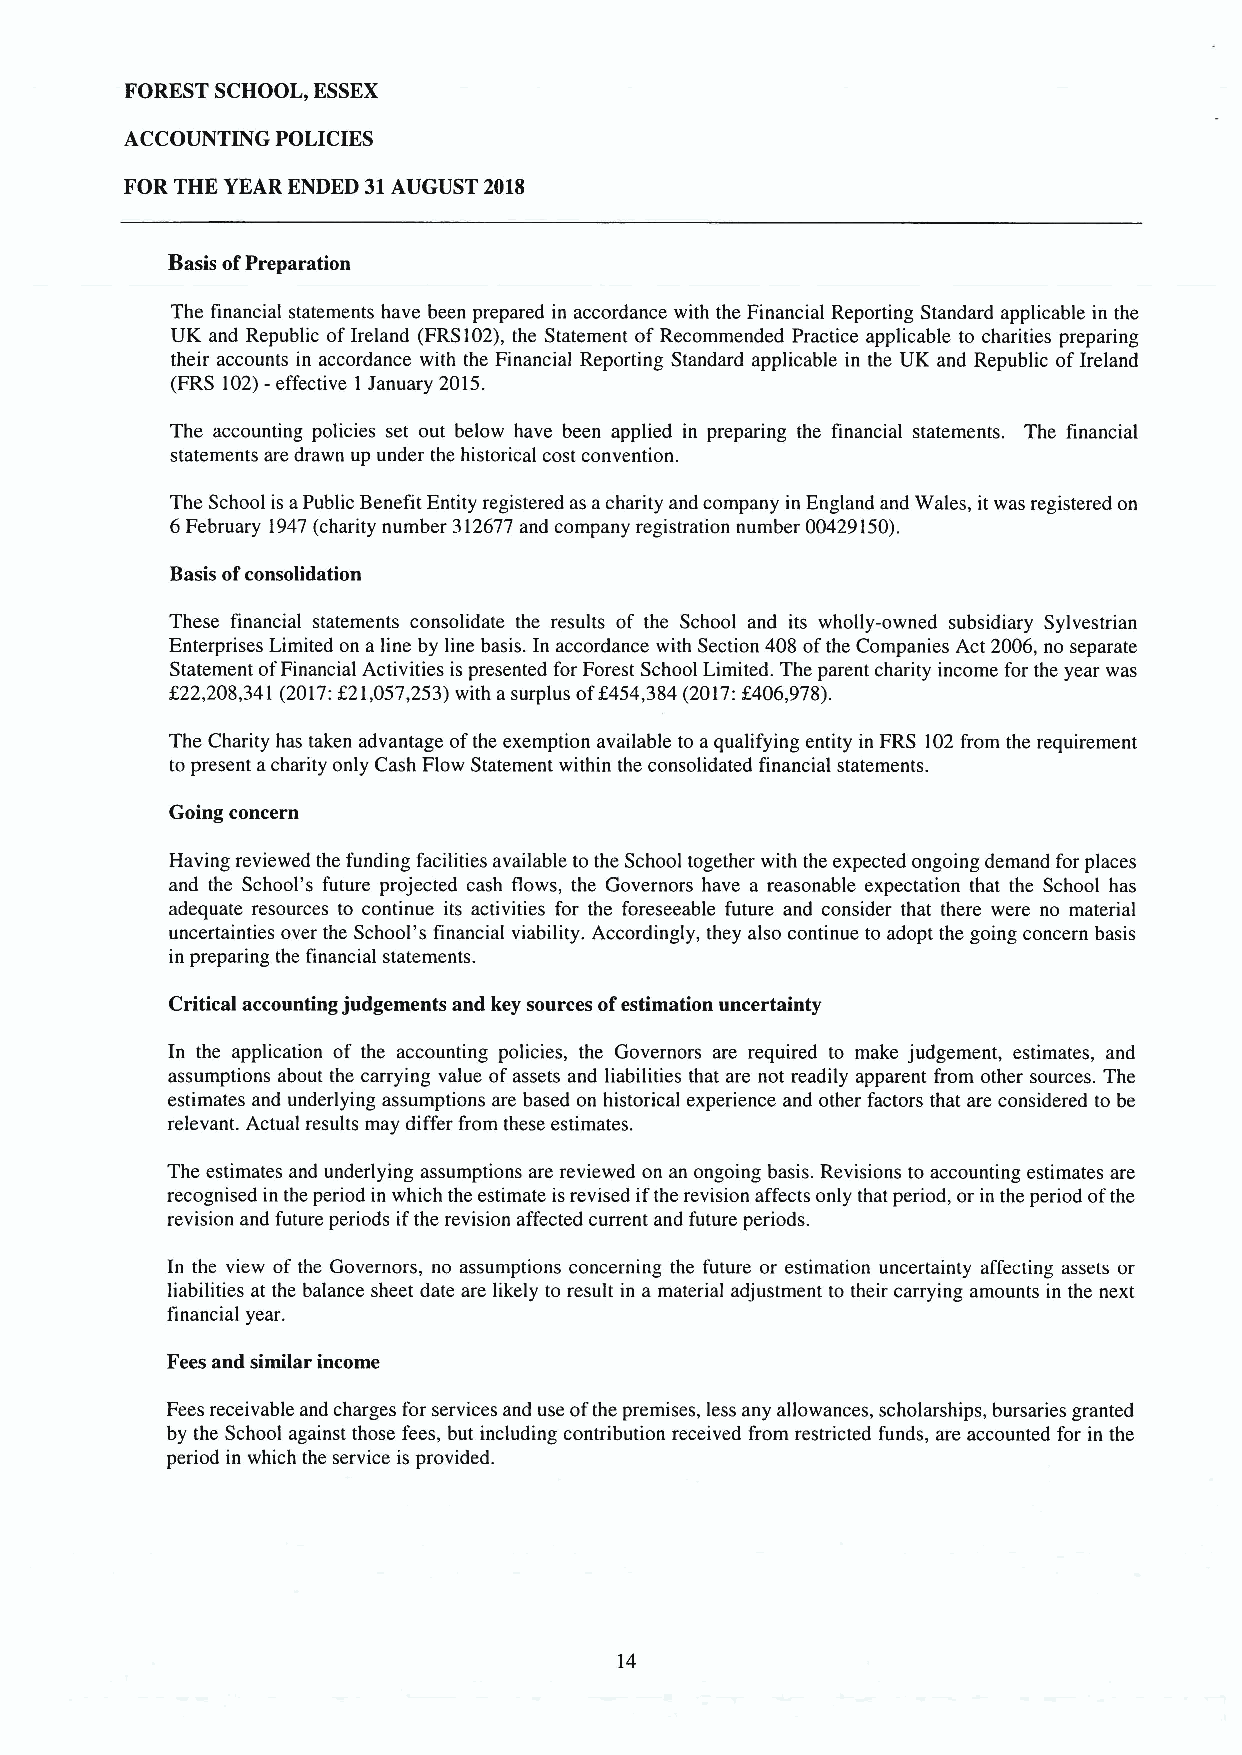
FOREST SCHOOL, ESSEX
 ACCOUNTING POLICIES
 FOR THE YEAR ENDED 31AUGUST 2018
 Basis ofPreparation
 The financial statements have been prepared in accordance with the Financial Reporting Standard applicable in the
 UK and Republic ofIreland (FRS102),the Statement of Recommended Practice applicable to charities preparing
 their accounts in accordance with the Financial Reporting Standard applicable in the UK and Republic ofIreland
 (FRS 102)—effective 1 January 2015.
 The accounting policies set out below have been applied in preparing the financial statements. The financial
 statements are drawn up under the historical cost convention.
 The School is aPublic Benefit Entity registered as acharity and company in England and Wales, it was registered on
 6February 1947(charity number 312677and company registration number 00429150).
 Basis ofconsolidation
 These financial statements consolidate the results of the School and its wholly-owned subsidiary Sylvestrian
 Enterprises Limited on a line by line basis. In accordance with Section 408 ofthe Companies Act 2006, no separate
 Statement ofFinancial Activities is presented for Forest School Limited. The parent charity income for the year was
 /22,208,341(2017:f21,057,253)with asurplus off454,384(2017:f406,978).
 The Charity has taken advantage ofthe exemption available to aqualifying entity in FRS 102from the requirement
 to present acharity only Cash Flow Statement within the consolidated financial statements.
 Going concern
 Having reviewed the funding facilities available to the School together with the expected ongoing demand for places
 and the School's future projected cash flows, the Governors have a reasonable expectation that the School has
 adequate resources to continue its activities for the foreseeable future and consider that there were no material
 uncertainties over the School's financial viability. Accordingly, they also continue to adopt the going concern basis
 in preparing the financial statements.
 Critical accounting judgements and key sources ofestimation uncertainty
 In the application of the accounting policies, the Governors are required to make judgement, estimates, and
 assumptions about the carrying value ofassets and liabilities that are not readily apparent from other sources. The
 estimates and underlying assumptions are based on historical experience and other factors that are considered to be
 relevant. Actual results may differ from these estimates.
 The estimates and underlying assumptions are reviewed on an ongoing basis. Revisions to accounting estimates are
 recognised in the period in which the estimate isrevised ifthe revision affects only that period, or in the period ofthe
 revision and future periods ifthe revision affected current and future periods.
 In the view of the Governors, no assumptions concerning the future or estimation uncertainty affecting assets or
 liabilities at the balance sheet date are likely to result in a material adjustment to their carrying amounts in the next
 financial year.
 Fees and similar income
 Fees receivable and charges for services and use ofthe premises, less any allowances, scholarships, bursaries granted
 by the School against those fees, but including contribution received from restricted funds, are accounted for in the
 period in which the service is provided.
 14